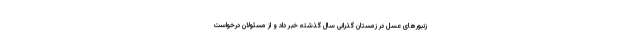
زنبورهای عسل در زمستان گذرانی سال گذشته خبر داد و از مسئولان درخواست